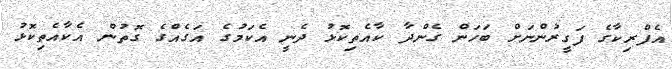
އެފްރިކާގެ ފަގީރުންނަށް ބަހަން ގެންދާ ކާއެތިކޮޅު ދެނީ އެކަމުގެ އަގެއްގެ ގޮތުން އެކާއެތިކޮޅު